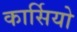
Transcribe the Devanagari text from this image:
कार्सियो